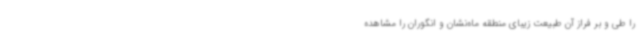
را طی و بر فراز آن طبیعت زیبای منطقه ماه‌نشان و انگوران را مشاهده